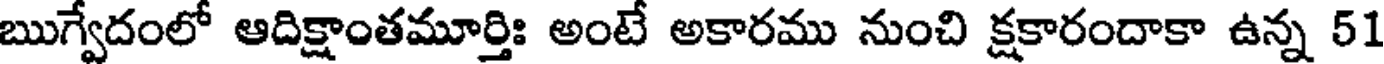
ఋగ్వేదంలో ఆదిక్షాంతమూర్తిః అంటే అకారము నుంచి క్షకారందాకా ఉన్న 51